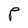
Character: P